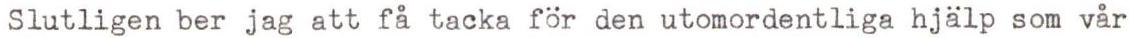
Slutligen ber jag att få tacka för den utomordentliga hjälp som vår